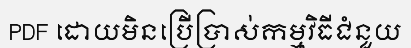
PDF ដោយមិនប្រើប្រាស់កម្មវិធីជំនួយ